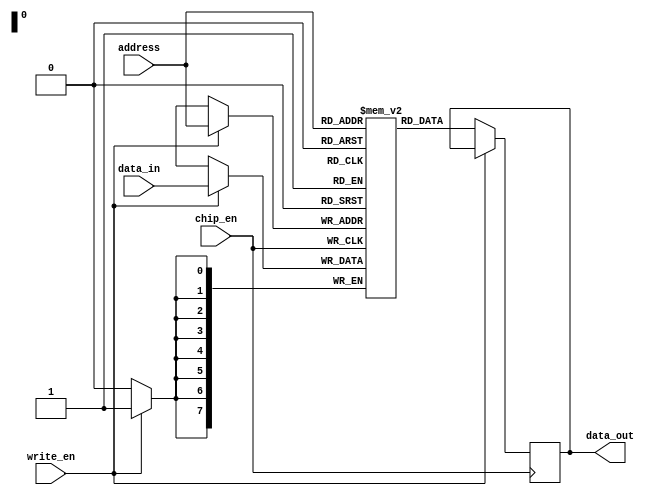
module sram (
  input wire [7:0] address,
  input wire [7:0] data_in,
  input wire write_en,
  input wire chip_en,
  output reg [7:0] data_out
);

reg [7:0] memory [0:255];

always @(posedge chip_en) begin
  if(write_en) begin
    memory[address] <= data_in;
  end else begin
    data_out <= memory[address];
  end
end

endmodule